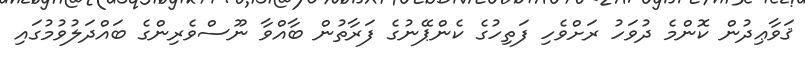
ޤަވާޢިދުން ކޮންމެ ދުވަހު ރަށްވެހި ފަތިހުގެ ކެންޕޭނުގެ ފަރާތުން ބާއްވާ ނޫސްވެރިންގެ ބައްދަލުވުމުގައި